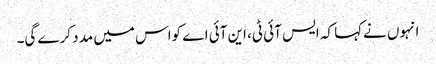
انہوں نےکہا کہ ایس آئی ٹی، این آئی اے کواس میں مد د کرے گی۔